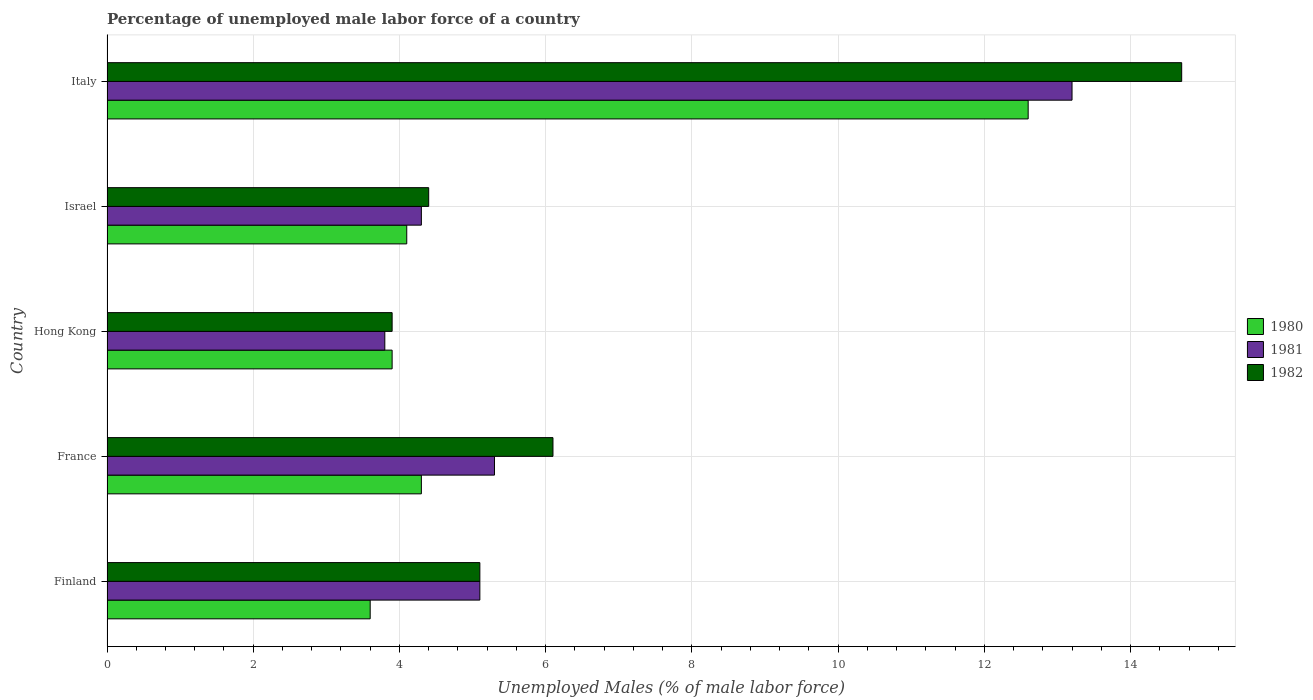
| Country | 1980 | 1981 | 1982 |
 | --- | --- | --- | --- |
 | Finland | 3.6 | 5.1 | 5.1 |
 | France | 4.3 | 5.3 | 6.1 |
 | Hong Kong | 3.9 | 3.8 | 3.9 |
 | Israel | 4.1 | 4.3 | 4.4 |
 | Italy | 12.6 | 13.2 | 14.7 |